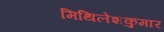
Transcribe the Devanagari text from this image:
मिथिलेशकुमार